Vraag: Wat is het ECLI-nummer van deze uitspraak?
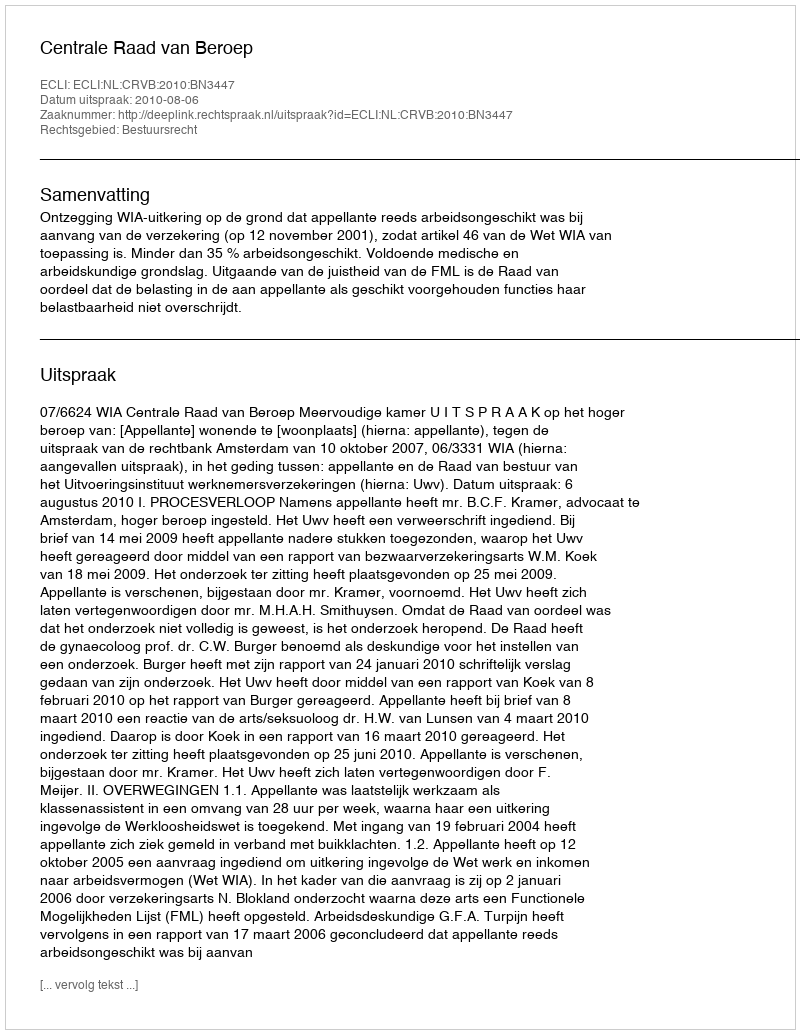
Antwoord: ECLI:NL:CRVB:2010:BN3447